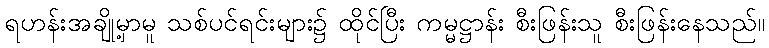
ရဟန်းအချို့မှာမူ သစ်ပင်ရင်းများ၌ ထိုင်ပြီး ကမ္မဋ္ဌာန်း စီးဖြန်းသူ စီးဖြန်းနေသည်။